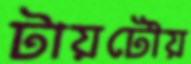
টায়টৌয়